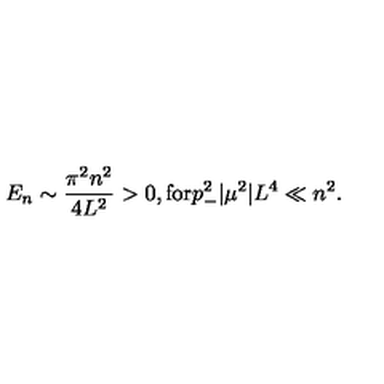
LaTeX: E _ { n } \sim \frac { \pi ^ { 2 } n ^ { 2 } } { 4 L ^ { 2 } } > 0 , \mathrm { f o r } p _ { - } ^ { 2 } | \mu ^ { 2 } | L ^ { 4 } \ll n ^ { 2 } .